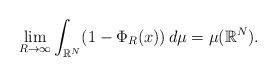
LaTeX: \begin{align*} \lim_{R\to \infty} \int_{\mathbb{R}^{N}}(1-\Phi_{R}(x))\,d\mu =\mu(\mathbb{R}^{N}). \end{align*}